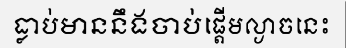
ធ្លាប់មាននឹងចាប់ផ្តើមល្ងាចនេះ